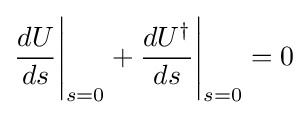
{\frac {dU}{ds}}{\Bigg |}_{s=0}+{\frac {dU^{\dagger }}{ds}}{\Bigg |}_{s=0}=0